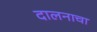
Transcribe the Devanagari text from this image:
दालनाचा